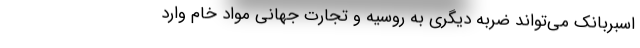
اسبربانک می‌تواند ضربه دیگری به روسیه و تجارت جهانی مواد خام وارد